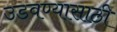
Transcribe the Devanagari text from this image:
उडवण्यासाठी